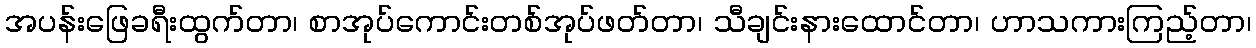
အပန်းဖြေခရီးထွက်တာ၊ စာအုပ်ကောင်းတစ်အုပ်ဖတ်တာ၊ သီချင်းနားထောင်တာ၊ ဟာသကားကြည့်တာ၊